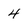
Character: 4